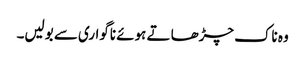
وہ ناک چڑھا تے ہوئے ناگواری سے بولیں۔